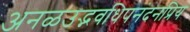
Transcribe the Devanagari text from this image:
अनळउद्भवधिपनंदनप्रिय